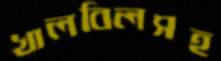
খালবিলসহ